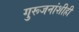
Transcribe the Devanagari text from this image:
गुरूजनांशीही